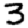
Digit: 3